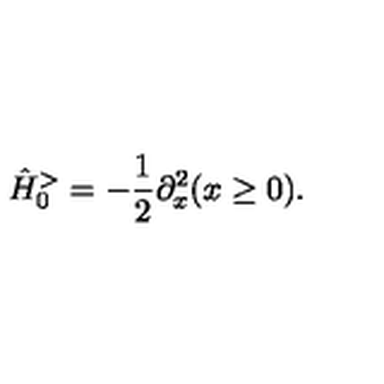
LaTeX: \hat { H } _ { 0 } ^ { > } = - \frac { 1 } { 2 } \partial _ { x } ^ { 2 } ( x \geq 0 ) .